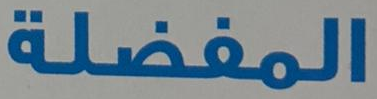
المفضلة